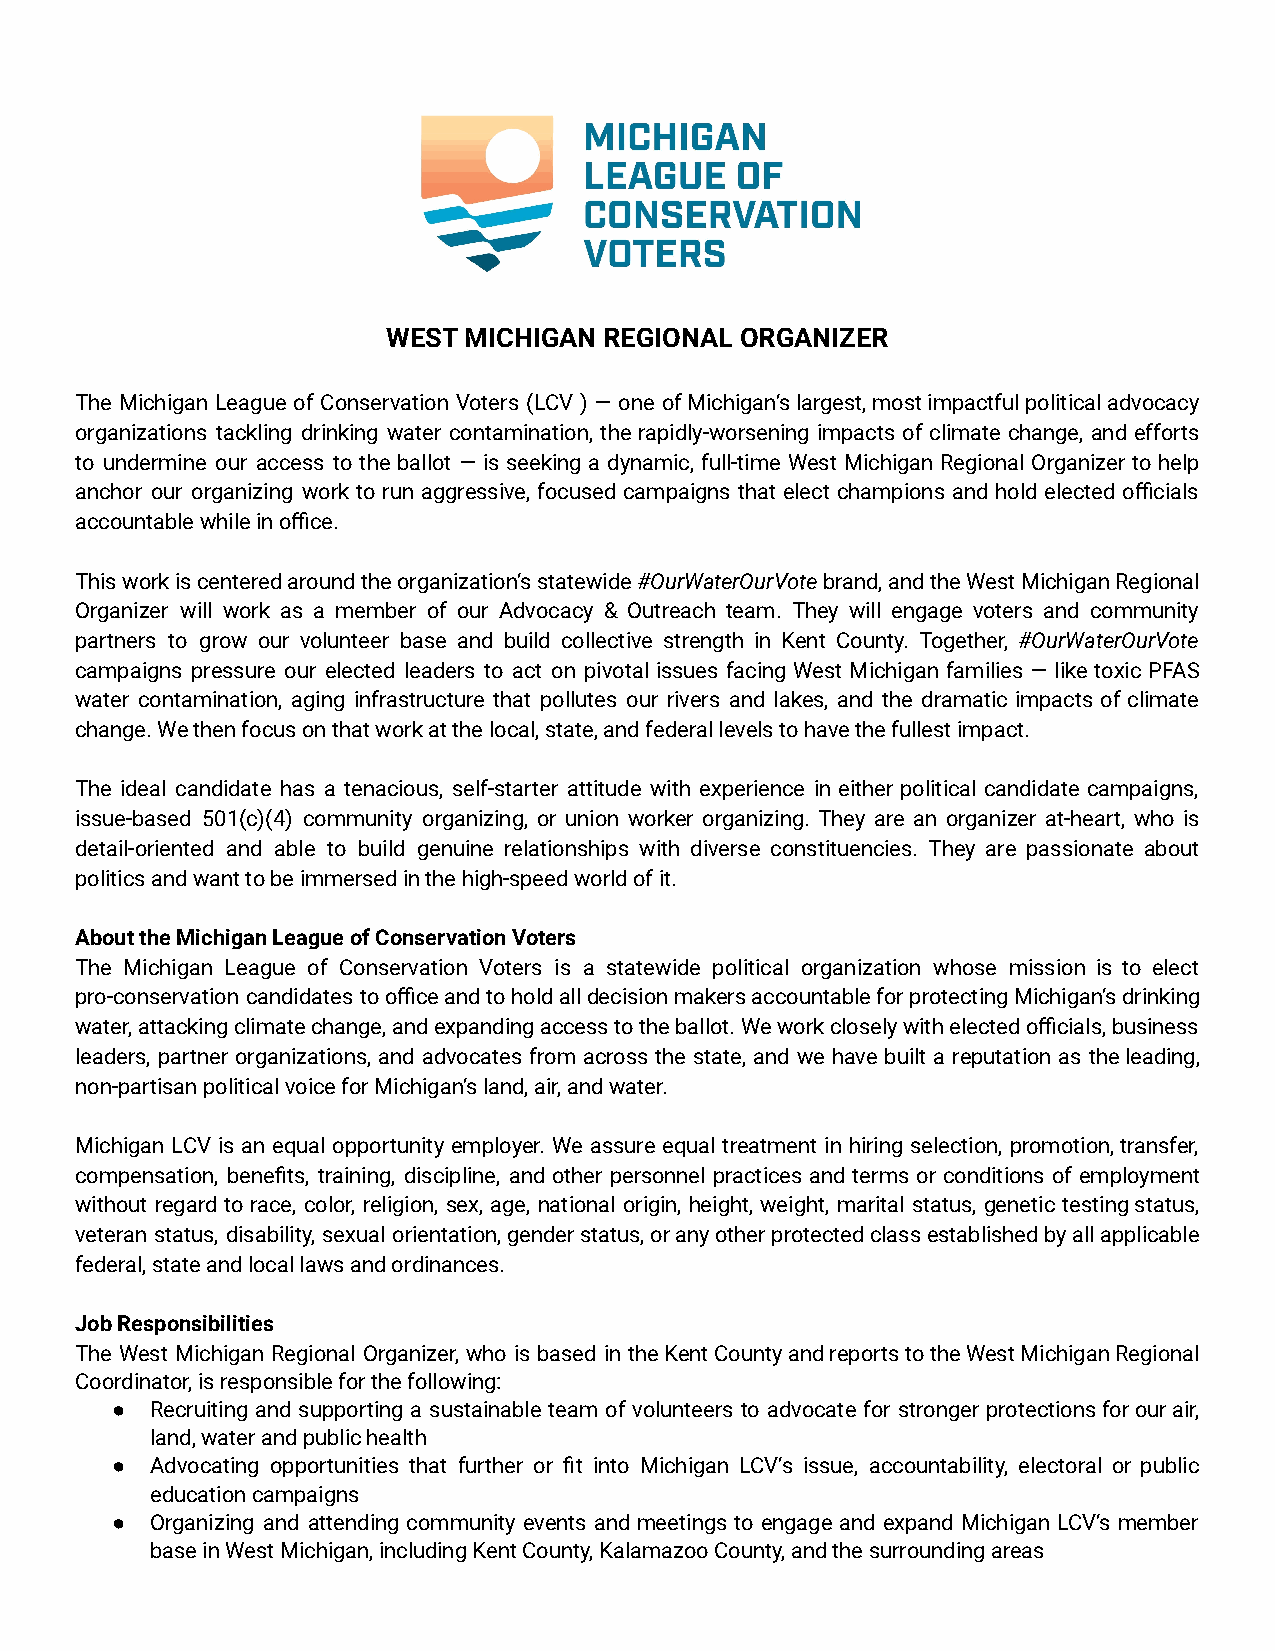
WEST MICHIGAN REGIONAL ORGANIZER
 The Michigan League of Conservation Voters (LCV ) — one ofMichigan’slargest,mostimpactfulpoliticaladvocacy
 organizations tackling drinking water contamination, the rapidly-worsening impacts of climate change, and efforts
 to undermine our access to the ballot — is seeking a dynamic, full-time West Michigan Regional Organizer to help
 anchor our organizing work to run aggressive, focused campaigns that elect champions and hold elected officials
 accountable while in office.
 Thisworkiscenteredaroundtheorganization’sstatewide#OurWaterOurVotebrand,andtheWestMichiganRegional
 Organizer will work as a member of our Advocacy & Outreach team. They will engage voters and community
 partners to grow our volunteer base and build collective strength in Kent County. Together, #OurWaterOurVote
 campaigns pressure our elected leaders to act on pivotal issues facing West Michigan families — like toxic PFAS
 water contamination, aging infrastructure that pollutes our rivers and lakes, and the dramatic impacts of climate
 change. We then focus on that work at the local, state, and federal levels to have the fullest impact.
 The ideal candidate has a tenacious, self-starter attitude with experience in either political candidate campaigns,
 issue-based 501(c)(4) community organizing, or union worker organizing. They are an organizer at-heart, who is
 detail-oriented and able to build genuine relationships with diverse constituencies. They are passionate about
 politics and want to be immersed in the high-speed world of it.
 About the Michigan League of Conservation Voters
 The Michigan League of Conservation Voters is a statewide political organization whose mission is to elect
 pro-conservation candidates toofficeandtoholdalldecisionmakersaccountableforprotectingMichigan’sdrinking
 water,attackingclimatechange,andexpandingaccesstotheballot.Weworkcloselywithelectedofficials,business
 leaders, partner organizations, and advocates from across the state, and we have built a reputation as theleading,
 non-partisan political voice for Michigan’s land, air, and water.
 Michigan LCV is an equal opportunity employer. We assure equal treatment in hiring selection, promotion,transfer,
 compensation, benefits, training, discipline, and other personnel practices and terms or conditions of employment
 without regard to race, color, religion, sex, age, national origin, height, weight, marital status, genetic testingstatus,
 veteran status, disability, sexual orientation,genderstatus,oranyotherprotectedclassestablishedbyallapplicable
 federal, state and local laws and ordinances.
 Job Responsibilities
 The West Michigan Regional Organizer, who is based in theKentCountyandreportstotheWestMichiganRegional
 Coordinator, is responsible for the following:
 ●  Recruiting and supporting a sustainable team of volunteers to advocate for stronger protectionsforourair,
 land, water and public health
 ●  Advocating opportunities that further or fit into Michigan LCV’s issue, accountability, electoral or public
 education campaigns
 ●  Organizing and attending community events and meetings to engage and expand Michigan LCV’s member
 base in West Michigan, including Kent County, Kalamazoo County, and the surrounding areas